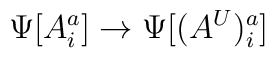
\Psi[A_i^a]\rightarrow\Psi[(A^{U})_i^{a}]